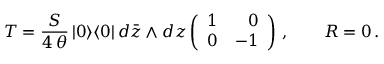
{ \cal T } = \frac { S } { 4 \, \theta } \, | 0 \rangle \langle 0 | \, d \bar { z } \wedge d z \left( \begin{array} { r r } { { 1 } } & { { 0 } } \\ { { 0 } } & { { - 1 } } \end{array} \right) \, , \qquad { \cal R } = 0 \, .